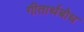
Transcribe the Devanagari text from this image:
गीतार्थबोध